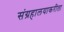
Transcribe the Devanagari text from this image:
संग्रहालयाकरीता